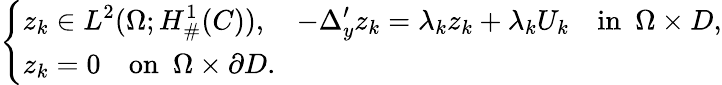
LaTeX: \left\{ \begin{array}{ll}{\displaystyle z_{k}\in L^{2}(\Omega;H_{\# }^{1}(C)),\quad-\Delta_{y}^{\prime}z_{k}=\lambda_{k}z_{k}+\lambda_{k}U_{k}\quad\mathrm{in}\, \, \, \Omega\times D,}\\ {z_{k}=0\quad\mathrm{on}\, \, \, \Omega\times\partial D.}\end{array}\right.